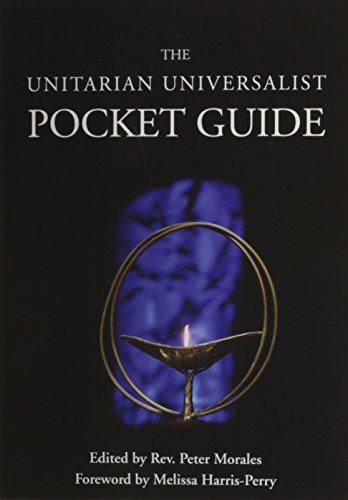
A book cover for Unitarian Universalist Pocket Guide; Religion & Spirituality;